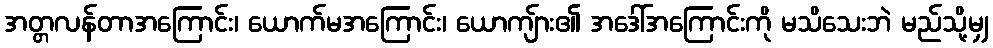
အတ္တလန်တာအကြောင်း၊ ယောက်မအကြောင်း၊ ယောကျ်ား၏ အဒေါ်အကြောင်းကို မသိသေးဘဲ မည်သို့မျှ